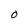
Character: O